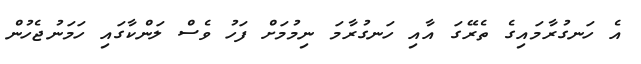
އެ ހަނގުރާމައިގެ ތެރޭގަ އާއި ހަނގުރާމަ ނިމުމަށް ފަހު ވެސް ލަންކާގައި ހަމަނުޖެހުން